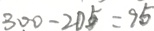
3 0 0 - 2 0 5 = 9 5